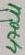
Text: 470u